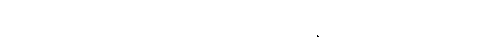
ကြွယ်ဝတဲ့အစားအစာများကို စားသုံးဖို့မကြိုက်နှစ်သက်သူများ ဒါမှမဟုတ်